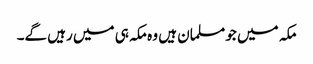
مکہ میں جو مسلمان ہیں وہ مکہ ہی میں رہیں گے۔